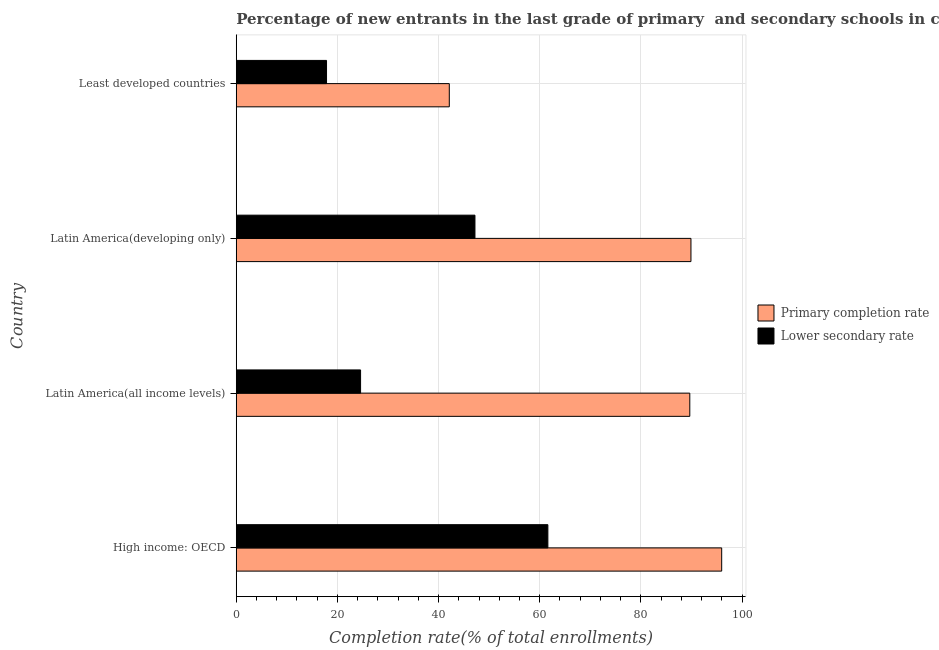
| Country | Primary completion rate | Lower secondary rate |
 | --- | --- | --- |
 | High income: OECD | 96 | 61.6 |
 | Latin America(all income levels) | 89.7 | 24.6 |
 | Latin America(developing only) | 89.9 | 47.2 |
 | Least developed countries | 42.1 | 17.8 |